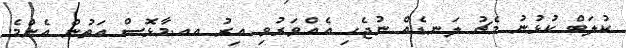
ކުލަބް ކުޅުނު މެޗު ލަނޑެއް ނުޖެހި އެއްވަރުވި އިރު އއ.މާޅޮސް އަތުން އެންމެ